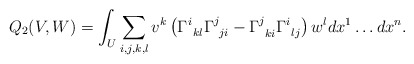
\begin{align*} Q_2(V,W) = \int_U \sum_{i,j,k,l} v^k \left( \Gamma^i_{\: \: kl}\Gamma^j_{\: \: ji} -\Gamma^j_{\: \: ki} \Gamma^i_{ \: \: lj} \right) w^l dx^1 \ldots dx^n.\end{align*}